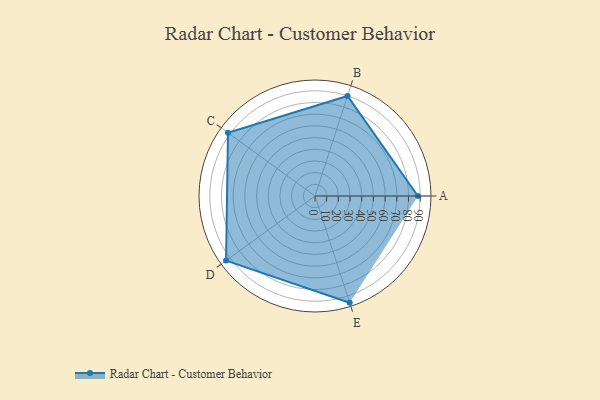
{"axis": {"x": "Skill", "y": "Score"}, "legend": ["Profile"], "data": [{"x": "A", "y": 88.0, "type": "Profile"}, {"x": "B", "y": 90.0, "type": "Profile"}, {"x": "C", "y": 92.0, "type": "Profile"}, {"x": "D", "y": 94.0, "type": "Profile"}, {"x": "E", "y": 96.0, "type": "Profile"}]}